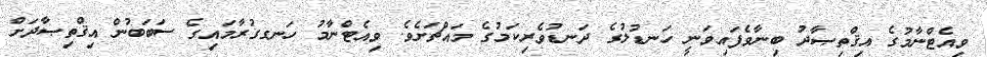
ވިއެޓްނާމުގެ އިޤްތިޞާދު ބިނާވެފައިވަނީ ހަނޑުލުގެ ދަނޑުވެރިކަމުގެ މައްޗަށެވެ. ވިއެޓްނާމު ހަނގގުރާމައިގެ ސަބަބުން އިޤްތިޞާދަށް